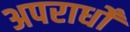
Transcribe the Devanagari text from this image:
अपराधोँ